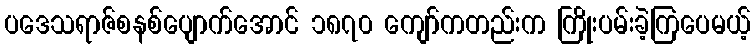
ပဒေသရာဇ်စနစ်ပျောက်အောင် ၁၈၇၀ ကျော်ကတည်းက ကြိုးပမ်းခဲ့ကြပေမယ့်